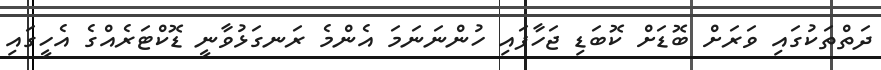
ދަތްތަކުގައި ވަރަށް ބޮޑަށް ކޮބަޑި ޖަހާފައި ހުންނަނަމަ އެންމެ ރަނގަޅުވާނީ ޑޮކްޓަރެއްގެ އެހީގައި